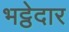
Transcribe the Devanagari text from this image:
भट्ठेदार